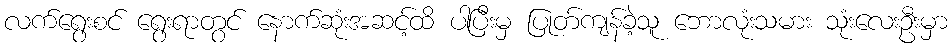
လက်ရွေးစင် ရွေးရာတွင် နောက်ဆုံးအဆင့်ထိ ပါပြီးမှ ပြုတ်ကျန်ခဲ့သူ ဘောလုံးသမား သုံးလေးဦးမှာ